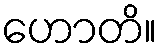
ဟောတိ။